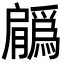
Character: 𦢳